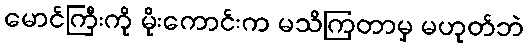
မောင်ကြီးကို မိုးကောင်းက မသိကြတာမှ မဟုတ်ဘဲ